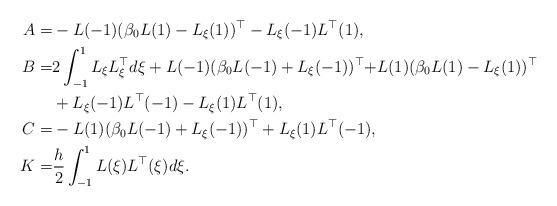
LaTeX: \begin{align*}A =& -L(-1)(\beta_0L(1)-L_\xi(1))^\top-L_\xi(-1)L^\top(1),\\B =& 2 \int_{-1}^1 L_\xi L_\xi^\top d\xi +L(-1)(\beta_0L(-1)+L_\xi(-1))^\top {+} L(1)(\beta_0L(1)-L_\xi(1))^\top\\ &+L_\xi(-1)L^\top(-1)-L_\xi(1)L^\top(1),\\C =& -L(1)(\beta_0L(-1)+L_\xi(-1))^\top+L_\xi(1)L^\top(-1),\\K =& \frac{h}{2}\int_{-1}^1 L(\xi)L^\top(\xi)d\xi.\end{align*}